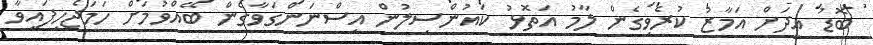
ބޮޑު އީދަށް އަމާޒު ކުރެވިގެން ލާމު އަތޮޅު ކައުންސިލުން އިސްނަންގަވާގެން ބޭއްވުމަށް ހަމަޖެހިފައިވާ